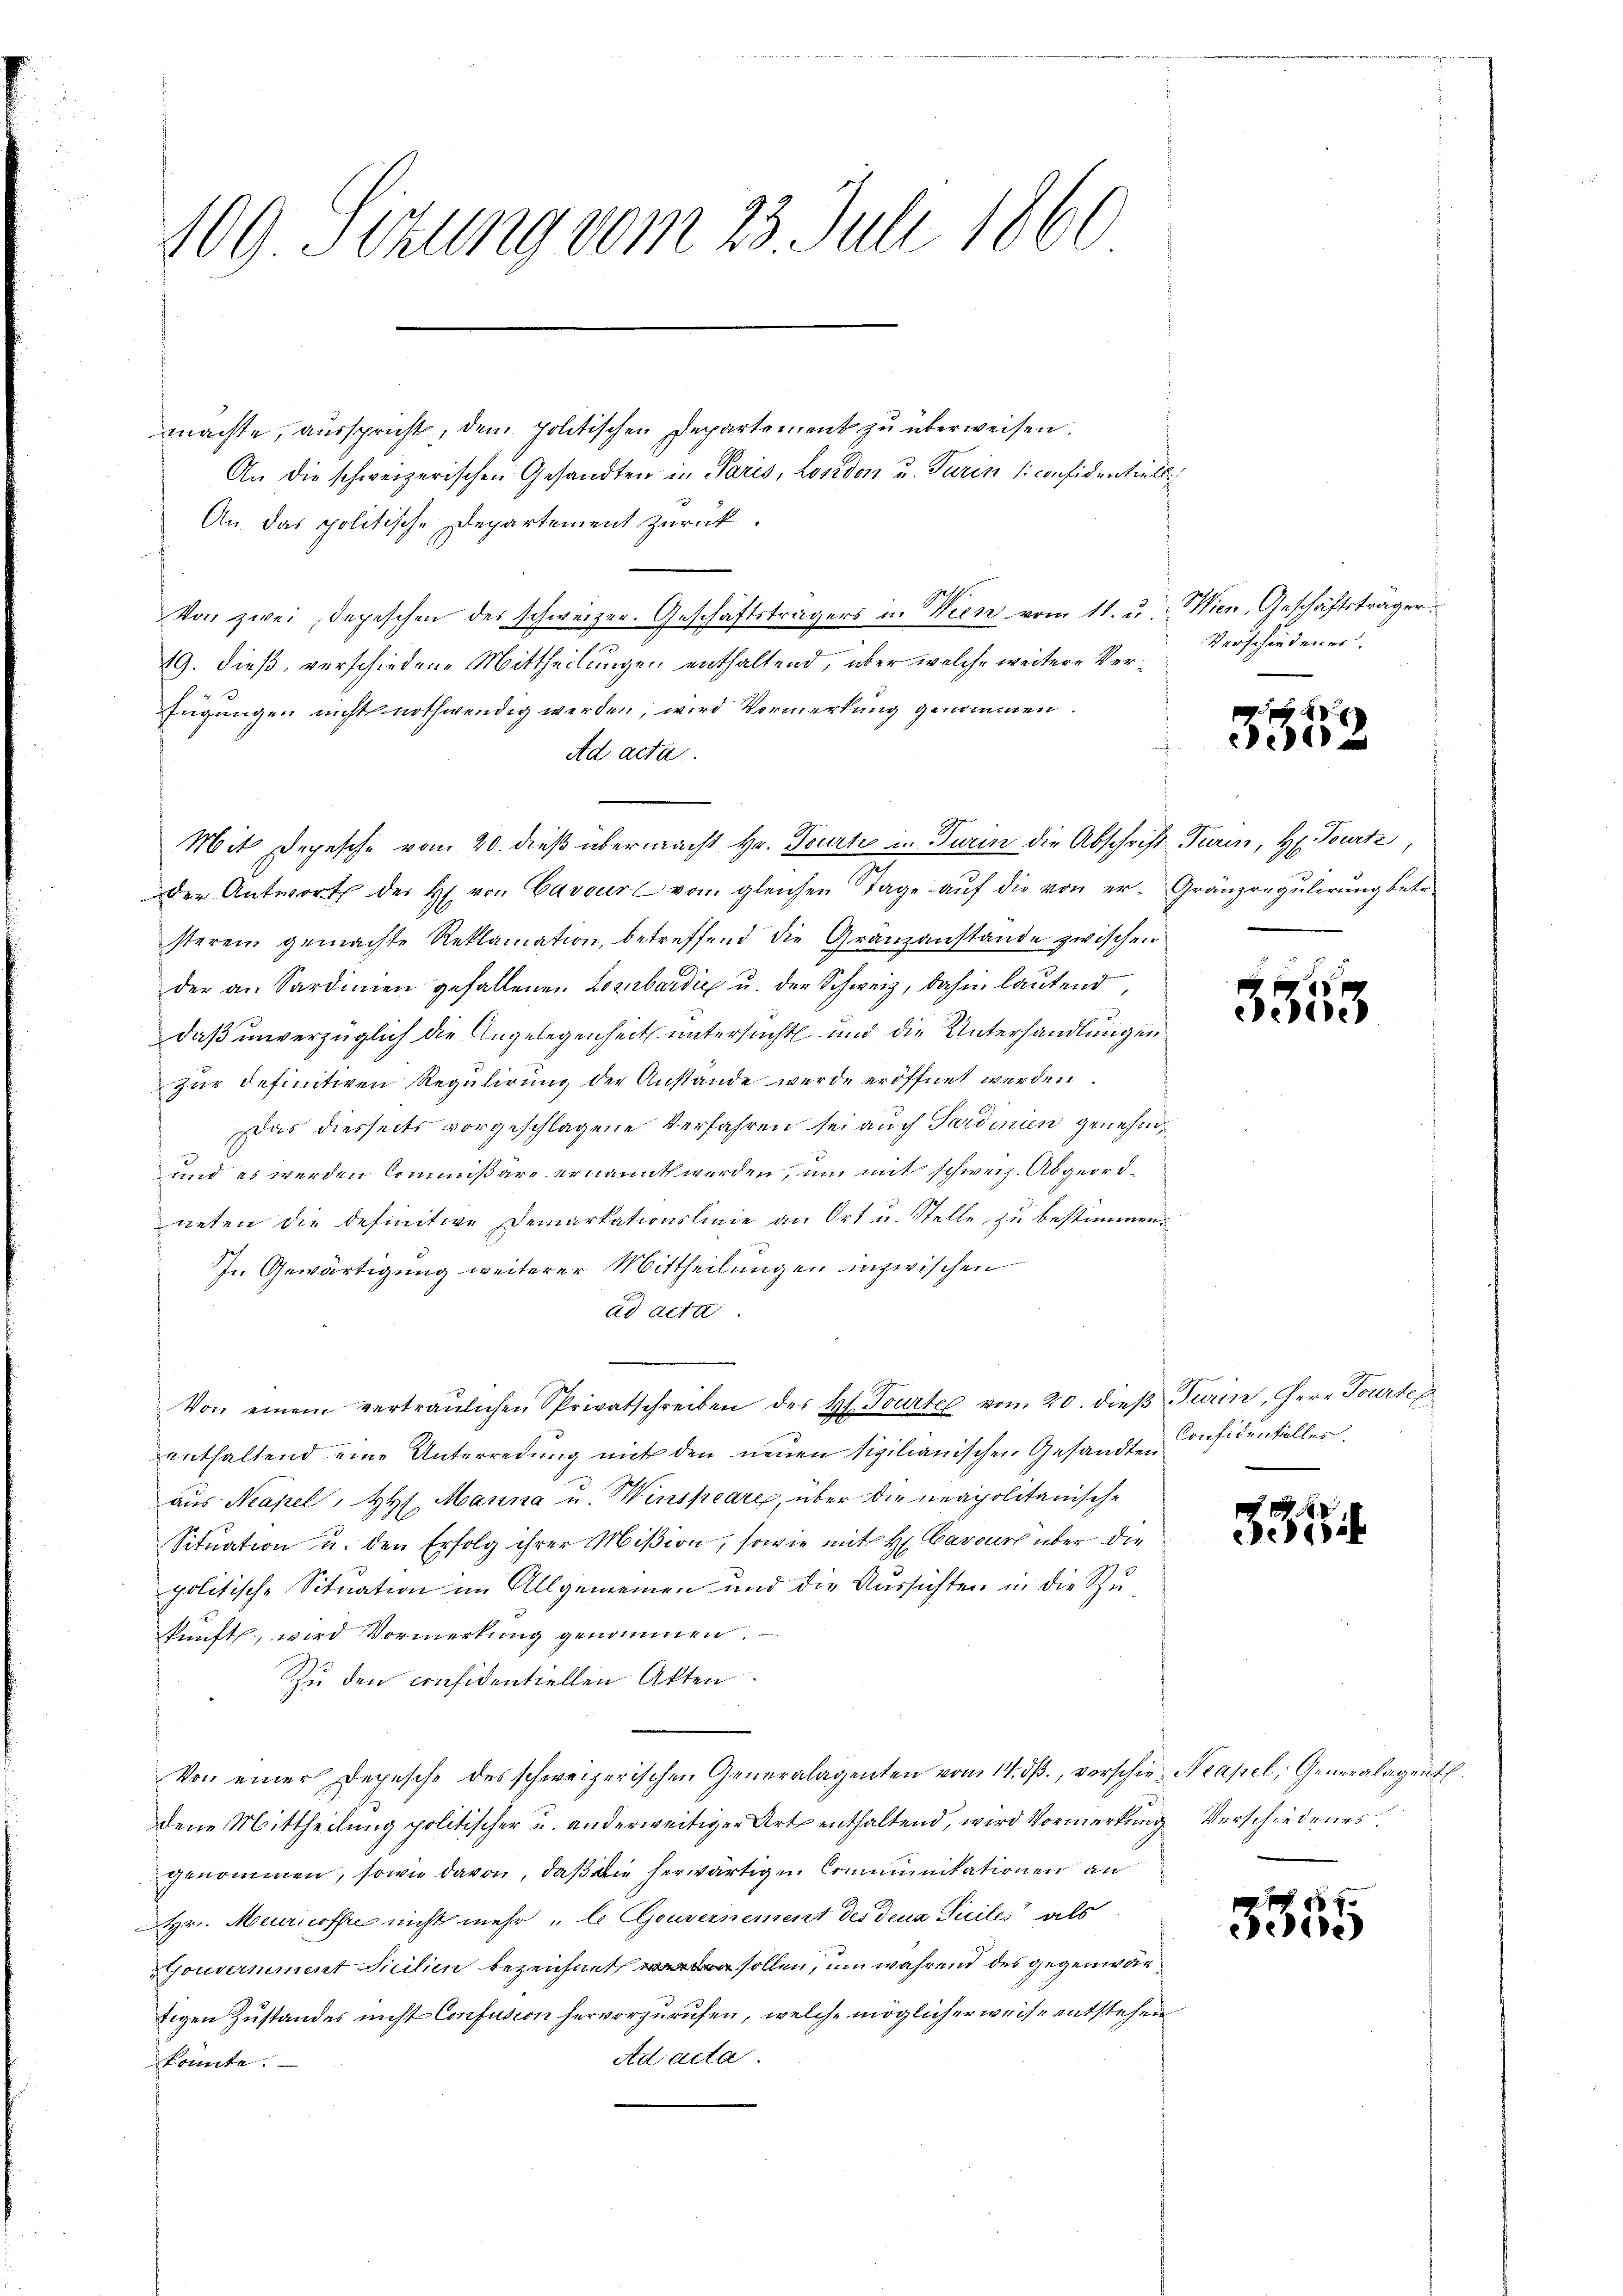
100 Sekung vom 23. Juli 1866

machte, ausspricht, dem politischen Departement zu überweisen.
An die schweizerischen Gesandten in Paris, London u. Tarin 1. confidentiell
An das politische Departement zurück.
Von zwei Depeschen des schweizer. Geschäftsträgers in Wiese vom 11. u.
7
19. dieß, verschiedene Mittheilungen enthaltend, über welche weitere Verfügungen nicht nothwendig werden, wird Vormerkung genommen.
Ad acta.
Mit Depesche vom 20. dieß übermacht Hr. Teurte in Turin die Abschrift Turin, H. Tourte
der Antwort der H. von Cavourt vom gleichen Tage aŭf die von er- Gränzregŭlirŭng betr.
sterem gemachte Reklamation, betreffend die Gränzanstande zwischen
der an Sardinen gefallenen Lombardić u. der Schweiz, dahin lautend,
daß unverzüglich die Angelegenheit untersucht und die Unterhandlungen
zur definitiven Regulirung der Anstände werde eröffnet werden
Das diesseits vorgeschlagene Verfahren sei auch Sardinien genehm¬
und es werden Commißäre ernannt werden, um mit schweiz. Abgeordneten die definitive Demarkationslinie an Ort u. Stelle, zu bestimmen.
J.. Gewärtigung weiterer Mittheilungen inzwischen
ad acta
Von einem vertraulichen Privatschreiben des Hl. Tourter vom 20. dieβ Turin, Herr Tourte
enthaltend eine Unterredung mit den neuen sigilianischen Gesandten Considentilles,
aus Neapel, H. Manna u. Winspeare, über die neapolitanische
Situation u. den Erfolg ihrer Mißion, sowie mit H. Cavours über die
politische Situation im Allgemeinen und die Aussichten in die Zukunft, wird Vormerkung genommen.
Zu den confidentiellen Akten.
Von einer Depesche des schweizerischen Generalagenten vom 14. dβ., verschien Neapel, Generalagent
dene Mittheilung politischer u. anderweitiger Art enthaltend, wird Vormerkung Verschiedenes.
genommen, sowie davon, daß die herwärtigen Communikationen an
Hr. Meuricoffe nicht mehr „le Couvernement des dena Suiles als
Gouvernement Sicilien bezeichnet sollen, um während des gegenwärtigen Zustandes nicht Confusion hervorzurufen, welche möglicherweise entstehen
Ad acta.
konnte.

Wien, Geschäftsträger
Verschiedener.

3562

.

1
elegte

33

88
Felle